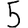
Digit: 5